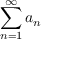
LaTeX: \sum _ { n = 1 } ^ { \infty } a _ { n }